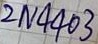
Text: 2N4403